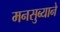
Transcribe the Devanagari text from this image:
मनसुब्याने